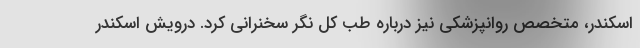
اسکندر، متخصص روانپزشکی نیز درباره طب کل نگر سخنرانی کرد. درویش اسکندر